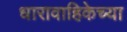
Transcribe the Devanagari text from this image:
धारावाहिकेच्या